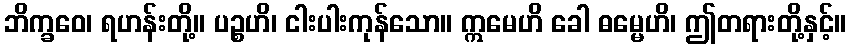
ဘိက္ခဝေ၊ ရဟန်းတို့။ ပဉ္စဟိ၊ ငါးပါးကုန်သော။ ဣမေဟိ ခေါ ဓမ္မေဟိ၊ ဤတရားတို့နှင့်။